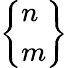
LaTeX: \left\{ {\begin{array}{l}{n}\\ {m}\end{array}}\right\}